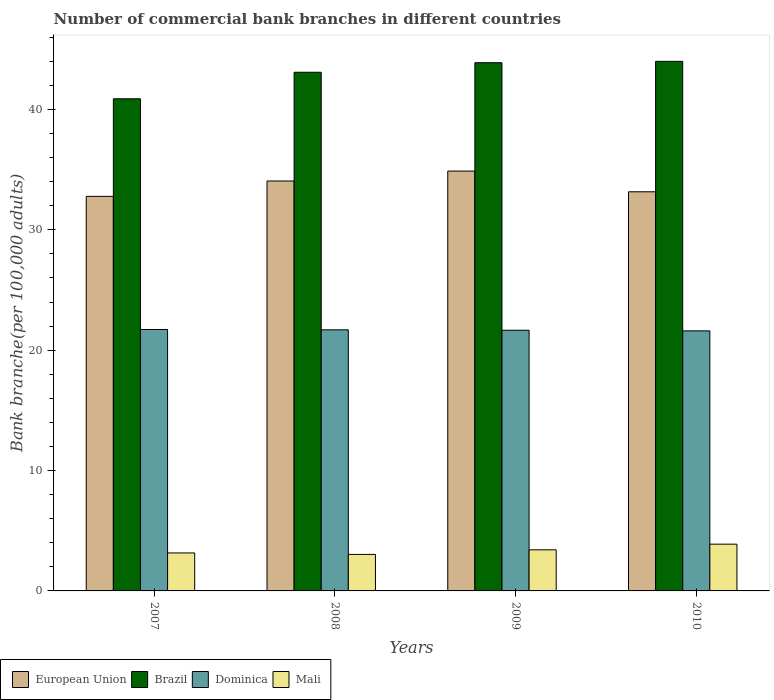
| Years | European Union | Brazil | Dominica | Mali |
 | --- | --- | --- | --- | --- |
 | 2007 | 32.8 | 40.9 | 21.7 | 3.15 |
 | 2008 | 34.1 | 43.1 | 21.7 | 3.03 |
 | 2009 | 34.9 | 43.9 | 21.7 | 3.42 |
 | 2010 | 33.2 | 44 | 21.6 | 3.88 |